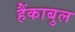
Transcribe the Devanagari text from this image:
हैंकाबुल